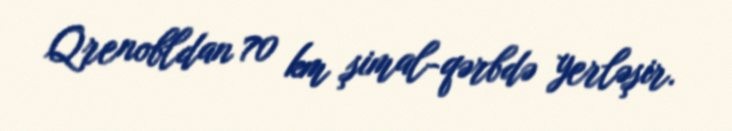
Qrenobldan 70 km şimal-qərbdə yerləşir.